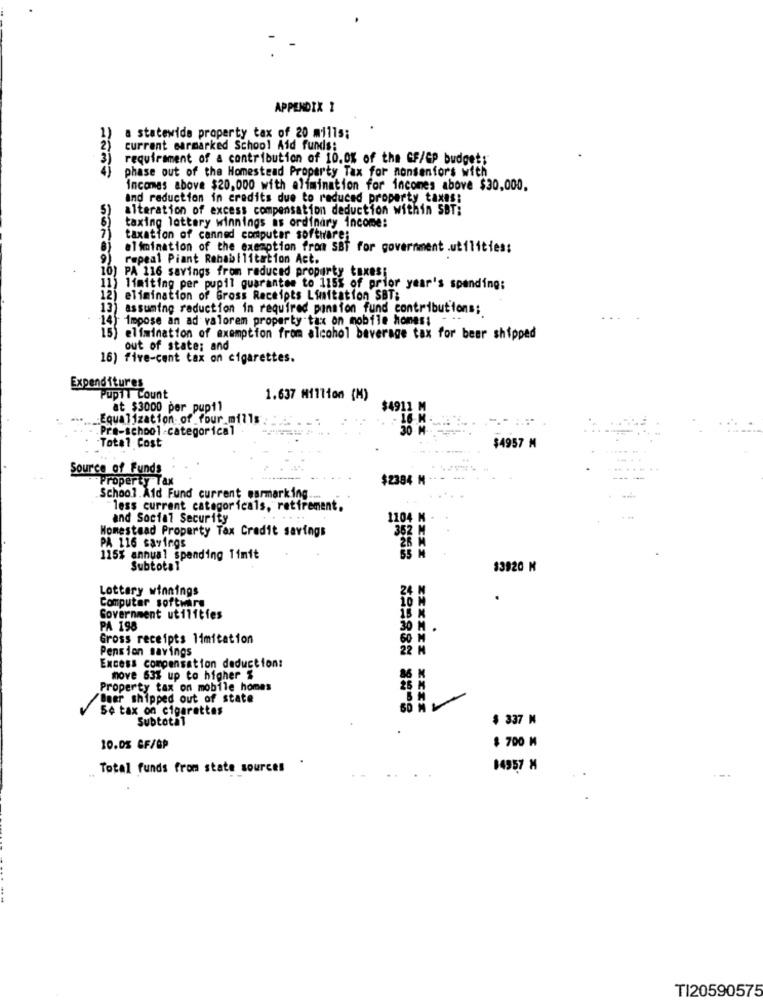
APPENDIX 1
1)
a statewide property tax of 20 mills;
2)
current earmarked School Aid funds:
requirement of a contribution of 10.0% of the GF/GP budget;
phase out of the Homestead Property Tax for nonsenfors with
incomes above $20,000 with alimination for incomes above $30,000.
and reduction in credits due to reduced property taxes:
alteration of excess compensation deduction within SBT:
71
taxing lottery winnings as ordinary income:
taxation of canned computer software;
elimination of the exemption from SBT for government .utilities;
repeal Piant Rehabilitation Act.
10) PA 116 savings from reduced property taxes;
11) limiting per pupil guarantee to 115% of prior year's spending:
12) elimination of Gross Receipts Limitation SBT:
13) assuming reduction in required pansion fund contributions;
.
impose an ad valorem property tax on mobile homes; - .-
15) elimination of exemption from alcohol beverage tax for beer shipped
out of state: and
16) five-cent tax on cigarettes.
Expenditures
Pupil Count
1.637 Million (M)
at $3000 per pupil
$4911 M
:Equalization of four_mills.
- 16 H
.. Pre-school -categorical
30 M-
$4957 M
-Total Cost
Source of Funds
....
Property Tax
$2384 M
- --
School. Aid Fund current warmarking ..
less current categoricals, retirement.
and Social Security
1104 M
Homestead Property Tax Credit savings
352 M
PA 116 savings
26
115% annual spending Timit
Subtotal
$3920 M
Lottery winnings
24
Computer software
10 M
15 M
Government utilities
PA 198
30 M
Gross receipts limitation
60 M
Pension savings
22 M
Excess compensation deduction:
86
move 631 up to higher $
Property tax on mobile homes
/Beer shipped out of state
Se tax on cigarettes
Subtotal
$ 337 M
10.05 GF/GP
$ 700 M
.
Total funds from state sources
14957 M
.-.
TI20590575